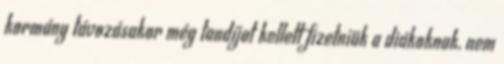
kormány távozásakor még tandíjat kellett fizetniük a diákoknak, nem